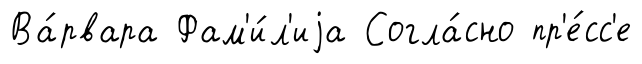
Ва́рвара Фам'и́л'иjа Согла́сно пр'е́сс'е